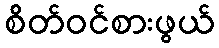
စိတ်ဝင်စားဖွယ်